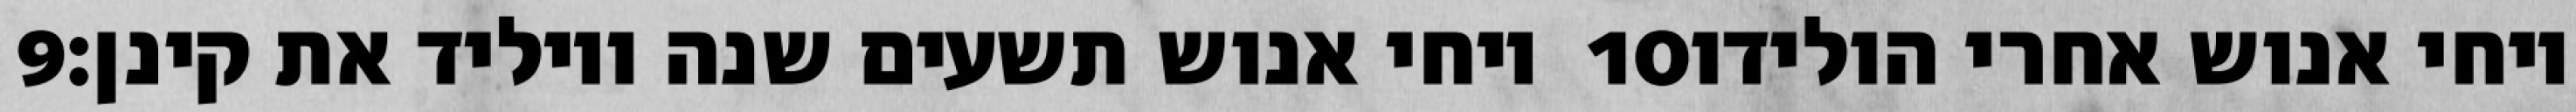
‎9‏ ויחי אנוש תשעים שנה ויוליד את קינן׃ ‎10‏ ויחי אנוש אחרי הולידו